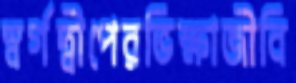
স্বর্গদ্বীপেরভিক্ষাজীবি